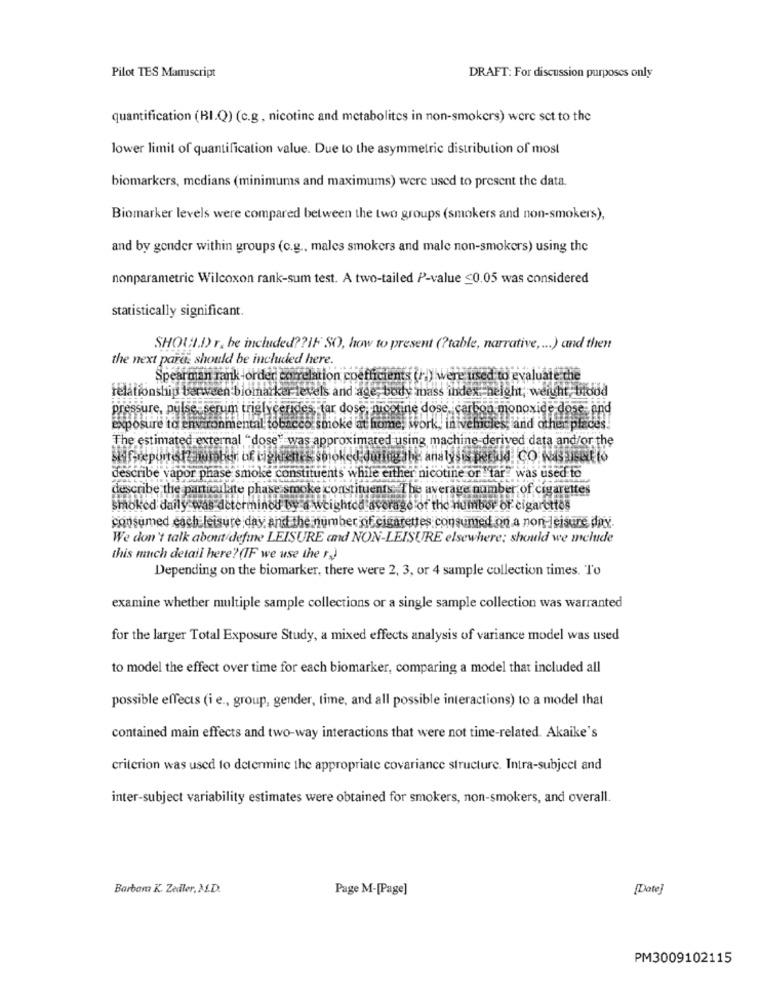
Pilot TES Manuscript
DRAFT: For discussion purposes only
quantification (BI.Q) (c.g, nicotine and metabolites in non-smokers) were set to the
lower limit of quantification value. Due to the asymmetric distribution of most
biomarkers, medians (minimums and maximums) were used to present the data.
Biomarker levels were compared between the two groups (smokers and non-smokers),
and by gender within groups (c.g ., males smokers and male non-smokers) using the
nonparametric Wilcoxon rank-sum test. A two-tailed P-value ≤0.05 was considered
statistically significant.
SHOULD) r. be included ?? IF SO, how to present (?table, narrative ,... ) and then
the next parc; should be included here.
Spearman rank order correlation coefficients (ri) were used to evaluate the
relationship berween biomarker levels and age, body mass index height, weruht, brodd
pressure, pulse serum triglycerides tar dose, nicotine dose,carbon monoxide dose, and
exposure to environmental tobacco.smoke at home, work, inivehicles, and other places!
The estimated external "dose" was approximated using machine derived data and/or the
describe vapor phase smoke constituents while either nicotine or tar was used to
describe the particulate phase smoke constituents. The average number of cigarettes
Smoked daily was determined by a weighted average of the number of cigarettes
consumed each leisure day And the number of cigarettes consumed on a non-leisure dax.
We don't talk about/define LEISURE and NON-LEISURE elsewhere; should we melude
this much detail here? (IF we use the r)
Depending on the biomarker, there were 2, 3, or 4 sample collection times. To
examine whether multiple sample collections or a single sample collection was warranted
for the larger Total Exposure Study, a mixed effects analysis of variance model was used
to model the effect over time for each biomarker, comparing a model that included all
possible effects (i e ., group, gender, time, and all possible interactions) to a model that
contained main effects and two-way interactions that were not time-related. Akaike's
criterion was used to determine the appropriate covariance structure. Intra-subject and
inter-subject variability estimates were obtained for smokers, non-smokers, and overall.
Barbam K. Zedler, M.D.
Page M-[Page]
[Date]
PM3009102115